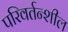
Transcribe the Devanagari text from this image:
परिवर्तन्शील